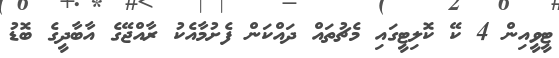
ޓީވީއިން 4 ކޭ ކޮލިޓީގައި މެޗުތައް ދައްކަން ފެށުމާއެކު ރާއްޖޭގެ އާބާދީގެ ބޮޑު